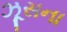
ઝૂસના